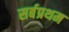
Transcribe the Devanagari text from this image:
सर्बप्रथम